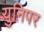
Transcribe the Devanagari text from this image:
युनिपर